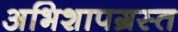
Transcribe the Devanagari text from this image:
अभिशापग्रस्त